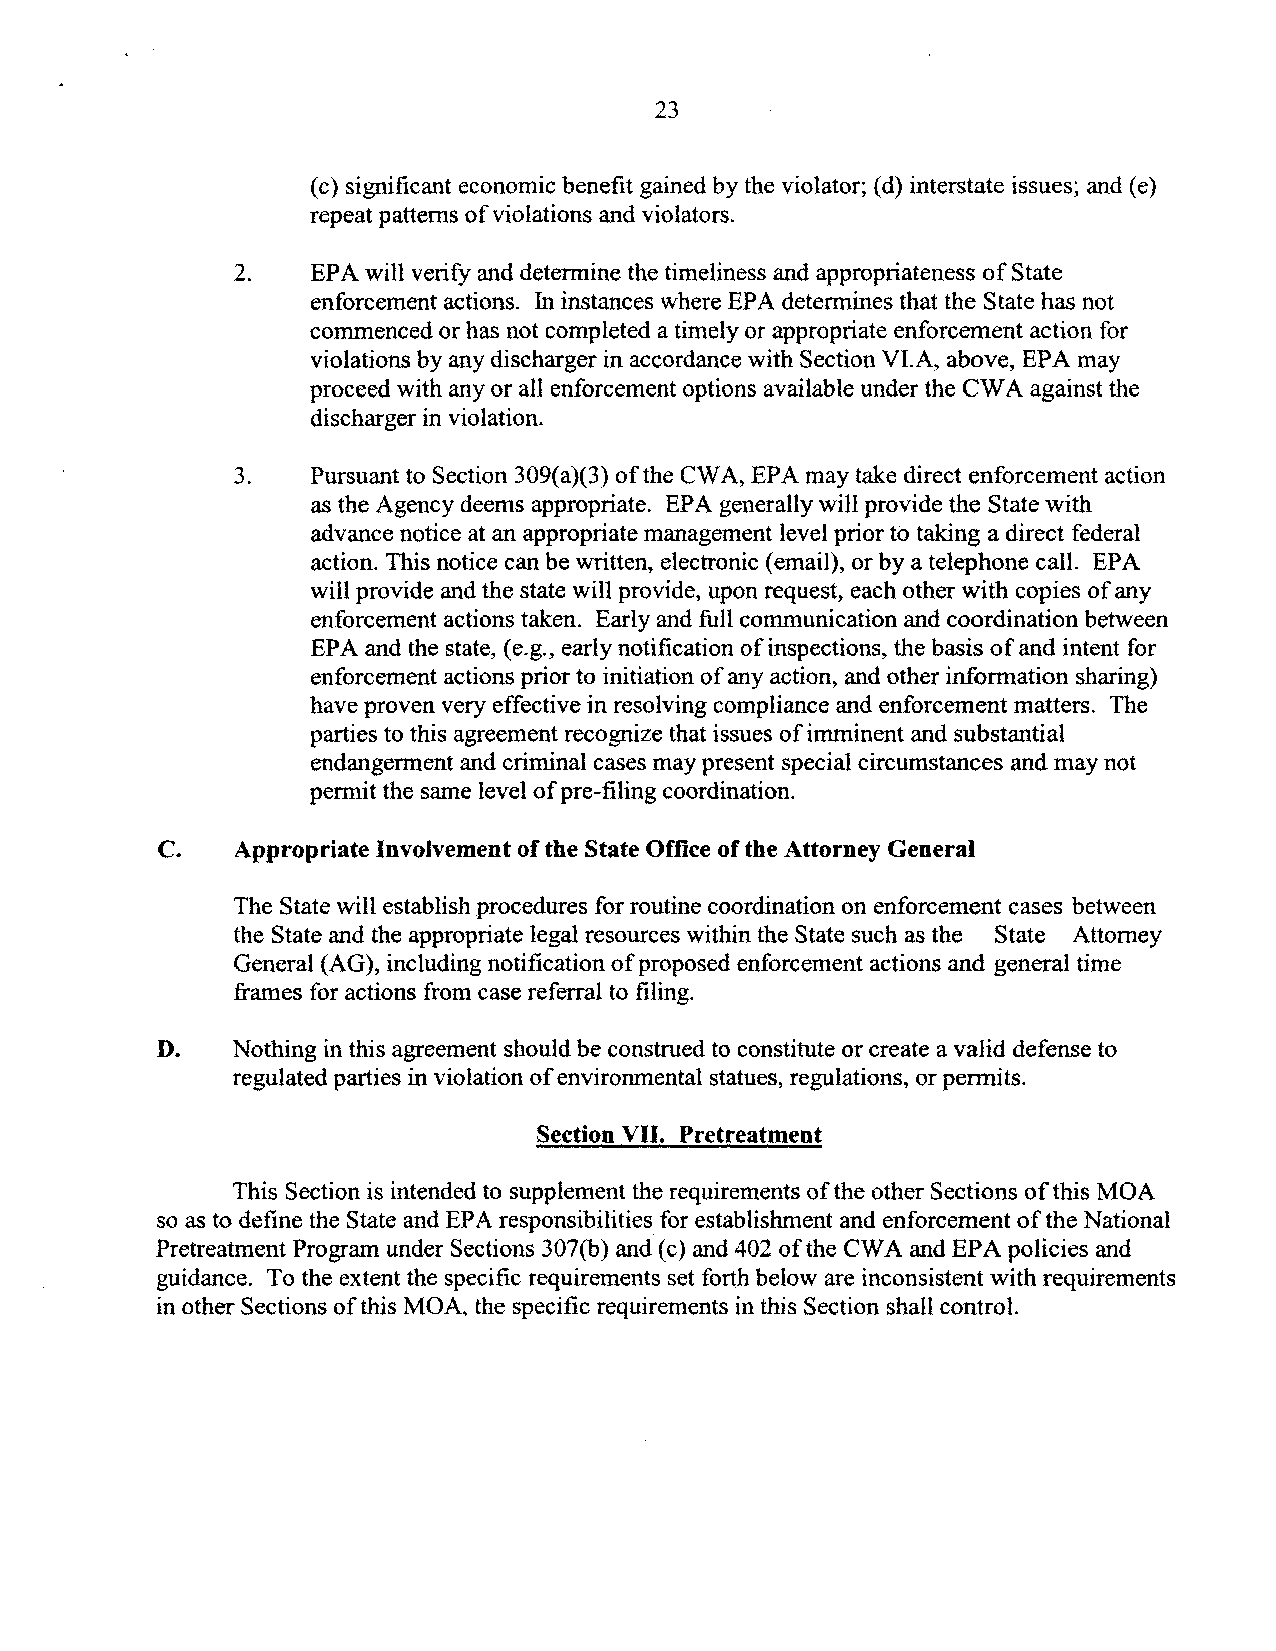
23
 (c) significant economic benefit gained by the violator; (d) interstate issues; and (e)
 repeat patterns ofviolations and violators.
 2.   EP A will verify and determine the timeliness and appropriateness of State
 enforcement actions. In instances where EPA determines that the State has not
 commenced or has not completed a timely or appropriate enforcement action for
 violations by any discharger in accordance with Section VI.A, above, EPA may
 proceed with any or all enforcement options available under the CWA against the
 discharger in violation.
 3.   Pursuant to Section 309(a)(3) of the CWA, EPA may take direct enforcement action
 as the Agency deems appropriate. EPA generally will provide the State with
 advance notice at an appropriate management level prior to taking a direct federal
 action. This notice can be written, electronic (email), or by a telephone call. EPA
 will provide and the state will provide, upon request, each other with copies of any
 enforcement actions taken. Early and full communication and coordination between
 EPA and the state, (e.g., early notification of inspections, the basis of and intent for
 enforcement actions prior to initiation ofany action, and other information sharing)
 have proven very effective in resolving compliance and enforcement matters. The
 parties to this agreement recognize that issues of imminent and substantial
 endangerment and criminal cases may present special circumstances and may not
 permit the same level ofpre-filing coordination.
 c.   Appropriate Involvement of the State Office of the Attorney General
 The State will establish procedures for routine coordination on enforcement cases between
 the State and the appropriate legal resources within the State such as the State Attorney
 General (AG), including notification ofproposed enforcement actions and general time
 frames for actions from case referral to filing.
 D.   Nothing in this agreement should be construed to constitute or create a valid defense to
 regulated parties in violation ofenvironmental statues, regulations, or permits.
 Section VII. Pretreatment
 This Section is intended to supplement the requirements ofthe other Sections ofthis MOA
 so as to define the State and EPA responsibilities for establishment and enforcement of the National
 Pretreatment Program under Sections 307(b) and (c) and 402 of the CWA and EPA policies and
 guidance. To the extent the specific requirements set forth below are inconsistent with requirements
 in other Sections ofthis MOA, the specific requirements in this Section shall control.